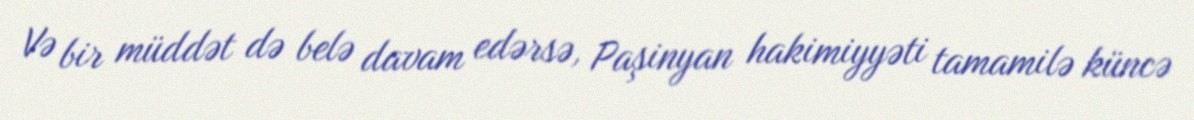
Və bir müddət də belə davam edərsə, Paşinyan hakimiyyəti tamamilə küncə